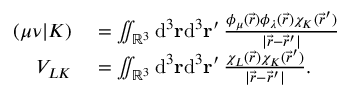
\begin{array} { r l } { ( \mu \nu \vert K ) } & { { } = \iint _ { \mathbb { R } ^ { 3 } } \mathrm { d } ^ { 3 } \ensuremath \mathbf { r } \mathrm { d } ^ { 3 } \ensuremath \mathbf { r } ^ { \prime } \, \frac { \phi _ { \mu } ( \vec { r } ) \phi _ { \lambda } ( \vec { r } ) \chi _ { K } ( \vec { r } ^ { \prime } ) } { \vert \vec { r } - \vec { r } ^ { \prime } \vert } } \\ { V _ { L K } } & { { } = \iint _ { \mathbb { R } ^ { 3 } } \mathrm { d } ^ { 3 } \ensuremath \mathbf { r } \mathrm { d } ^ { 3 } \ensuremath \mathbf { r } ^ { \prime } \, \frac { \chi _ { L } ( \vec { r } ) \chi _ { K } ( \vec { r } ^ { \prime } ) } { \vert \vec { r } - \vec { r } ^ { \prime } \vert } . } \end{array}